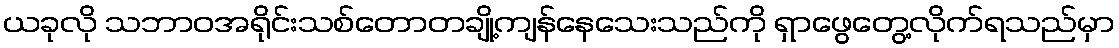
ယခုလို သဘာဝအရိုင်းသစ်တောတချို့ကျန်နေသေးသည်ကို ရှာဖွေတွေ့လိုက်ရသည်မှာ